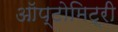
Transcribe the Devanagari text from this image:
ऑप्टोमिट्री